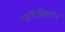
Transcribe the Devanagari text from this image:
परवरदिगारन